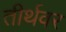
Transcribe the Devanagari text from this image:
तीर्थवर